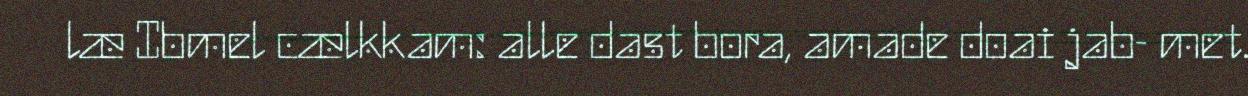
læ Ibmel cælkkam: alle dast bora, amade doai jab- met.